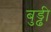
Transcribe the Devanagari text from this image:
बुड्ढी